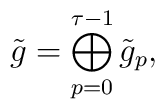
\tilde g=\bigoplus_{p=0}^{\tau-1}\tilde g_p,